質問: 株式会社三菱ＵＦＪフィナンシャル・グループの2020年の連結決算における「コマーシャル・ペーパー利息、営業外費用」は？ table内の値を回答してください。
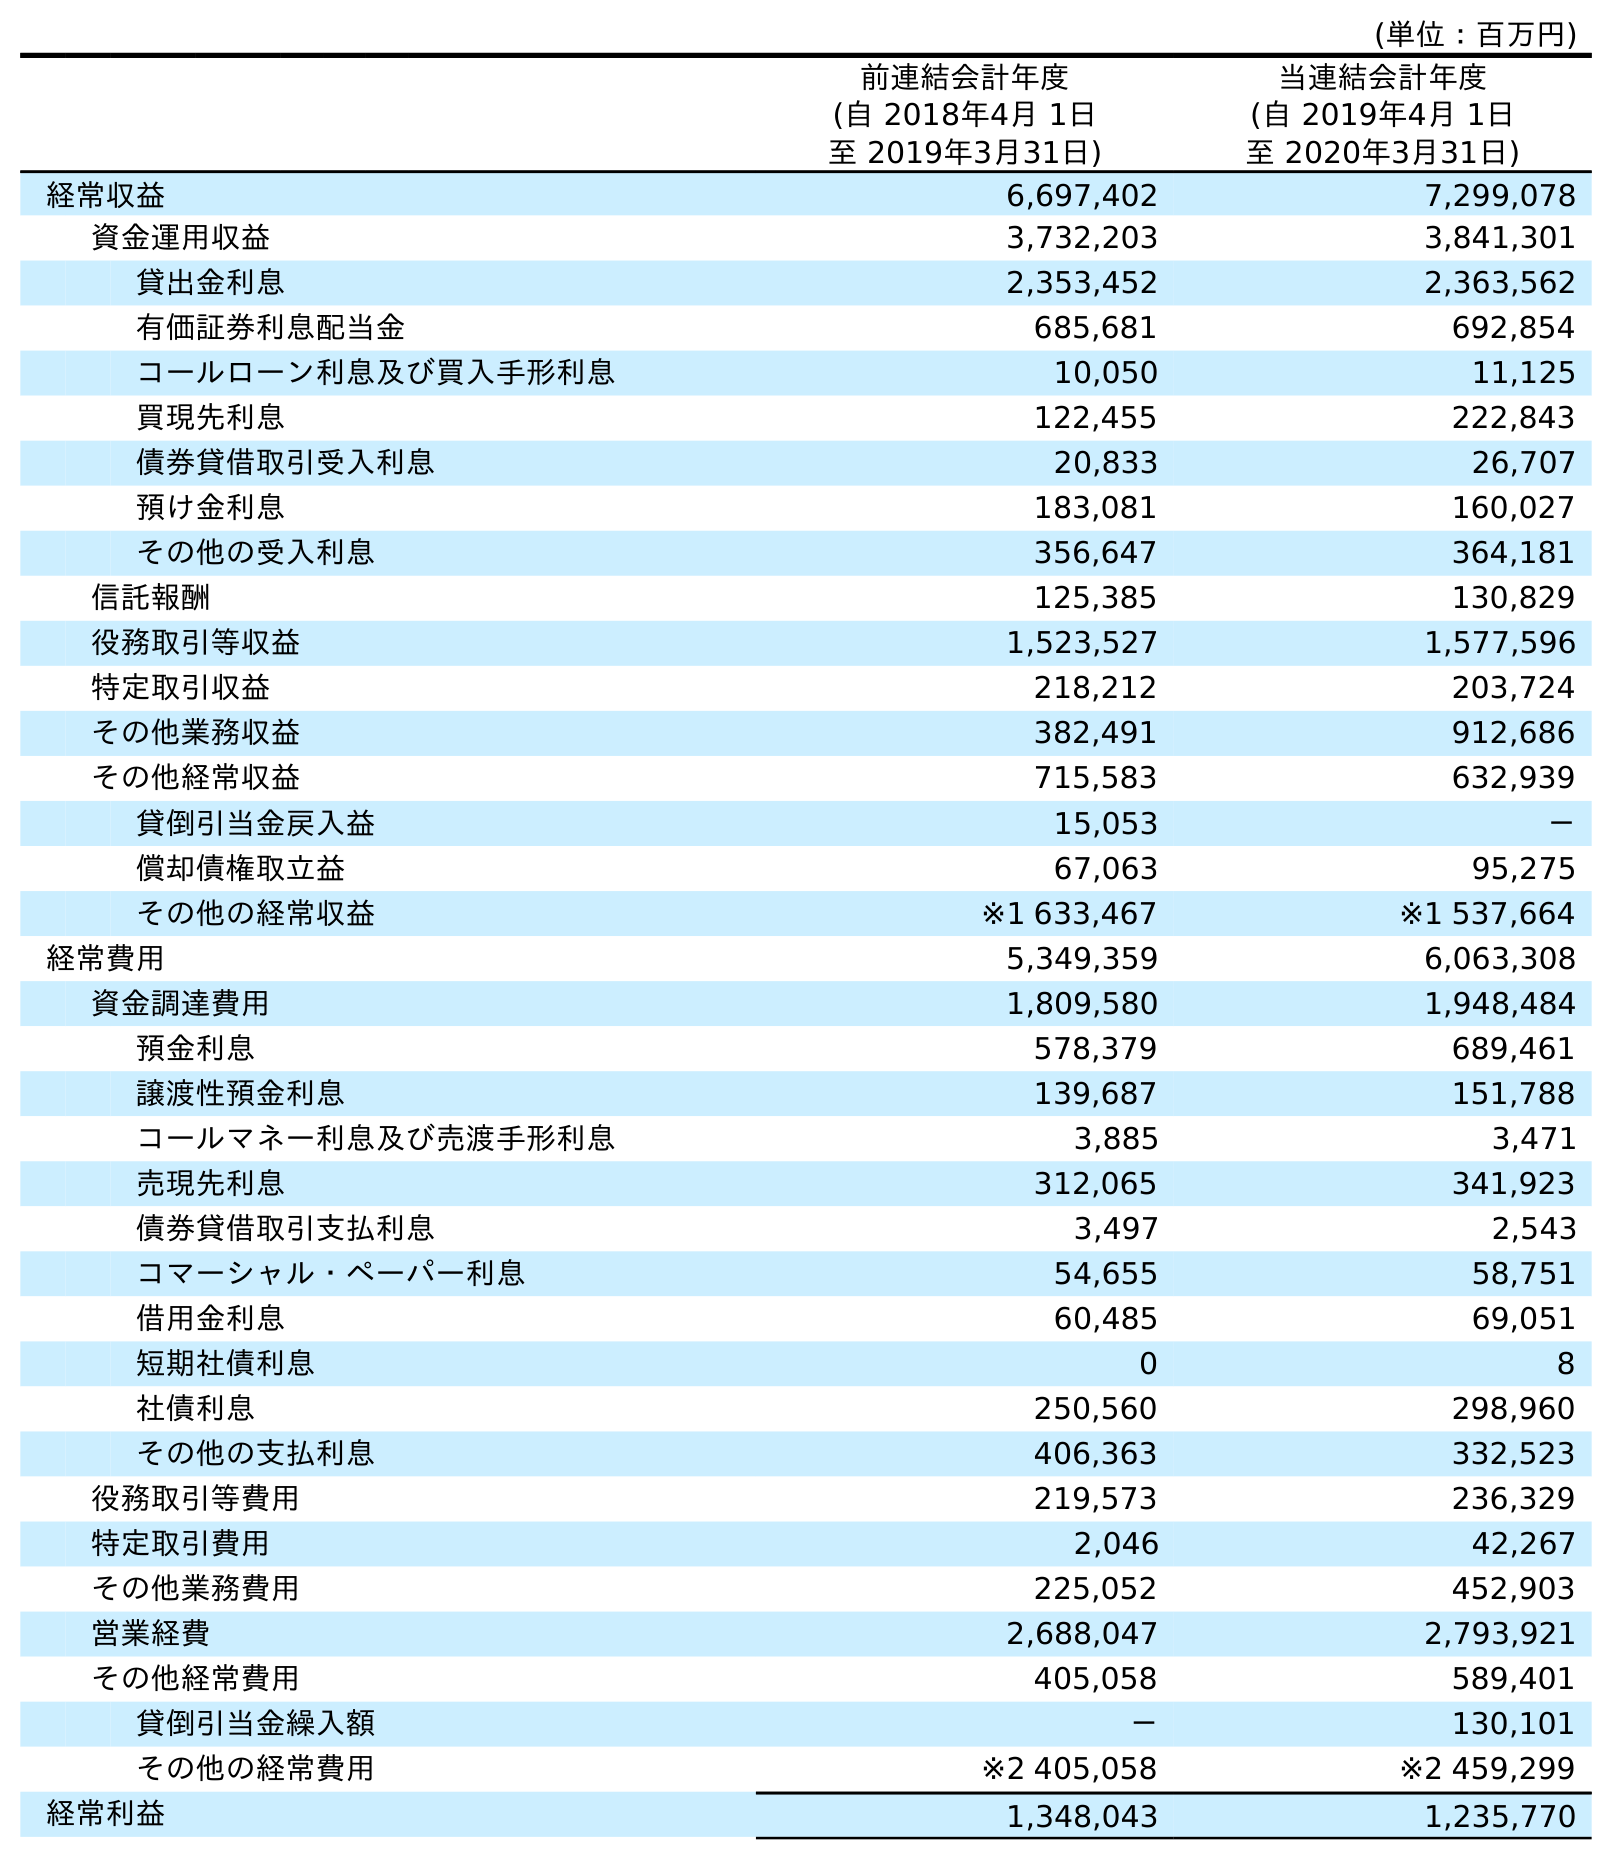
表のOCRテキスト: (単位：百万円) 前連結会計年度 (自 2018年4月 1日 至 2019年3月31日) 当連結会計年度 (自 2019年4月 1日 至 2020年3月31日) 経常収益 6,697,402 7,299,078 資金運用収益 3,732,203 3,841,301 貸出金利息 2,353,452 2,363,562 有価証券利息配当金 685,681 692,854 コールローン利息及び買入手形利息 10,050 11,125 買現先利息 122,455 222,843 債券貸借取引受入利息 20,833 26,707 預け金利息 183,081 160,027 その他の受入利息 356,647 364,181 信託報酬 125,385 130,829 役務取引等収益 1,523,527 1,577,596 特定取引収益 218,212 203,724 その他業務収益 382,491 912,686 その他経常収益 715,583 632,939 貸倒引当金戻入益 15,053 － 償却債権取立益 67,063 95,275 その他の経常収益 ※1 633,467 ※1 537,664 経常費用 5,349,359 6,063,308 資金調達費用 1,809,580 1,948,484 預金利息 578,379 689,461 譲渡性預金利息 139,687 151,788 コールマネー利息及び売渡手形利息 3,885 3,471 売現先利息 312,065 341,923 債券貸借取引支払利息 3,497 2,543 コマーシャル・ペーパー利息 54,655 58,751 借用金利息 60,485 69,051 短期社債利息 0 8 社債利息 250,560 298,960 その他の支払利息 406,363 332,523 役務取引等費用 219,573 236,329 特定取引費用 2,046 42,267 その他業務費用 225,052 452,903 営業経費 2,688,047 2,793,921 その他経常費用 405,058 589,401 貸倒引当金繰入額 － 130,101 その他の経常費用 ※2 405,058 ※2 459,299 経常利益 1,348,043 1,235,770
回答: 58,751